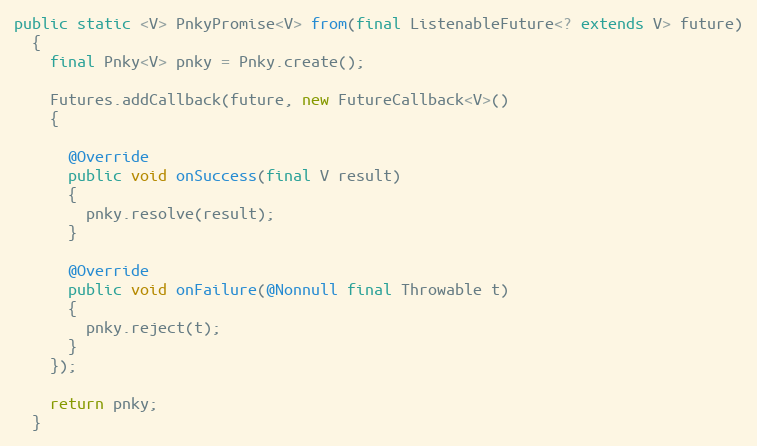
Language: Java
public static <V> PnkyPromise<V> from(final ListenableFuture<? extends V> future)
  {
    final Pnky<V> pnky = Pnky.create();

    Futures.addCallback(future, new FutureCallback<V>()
    {

      @Override
      public void onSuccess(final V result)
      {
        pnky.resolve(result);
      }

      @Override
      public void onFailure(@Nonnull final Throwable t)
      {
        pnky.reject(t);
      }
    });

    return pnky;
  }